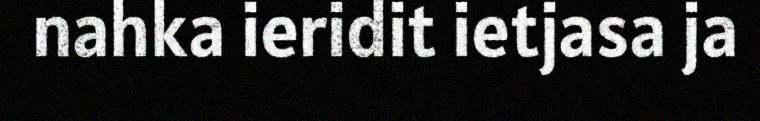
nahka ieridit ietjasa ja